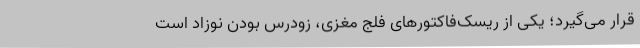
قرار می‌گیرد؛ یکی از ریسک‌فاکتورهای فلج مغزی، زودرس بودن نوزاد است